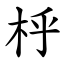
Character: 㭔